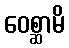
ဝေစ္ဆာမိ